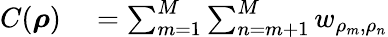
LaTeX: \begin{array}{rl}{C(\boldsymbol{\rho})}&{{}=\sum_{m=1}^{M}\sum_{n=m+1}^{M}w_{\rho_{m},\rho_{n}}}\end{array}